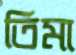
তিমা